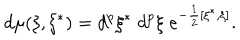
LaTeX: d \mu ( \xi , \xi ^ { * } ) = d ^ { p } \xi ^ { * } \; d ^ { p } \xi \; e ^ { - \frac 1 2 [ \xi ^ { * } , \xi ] } .